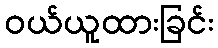
ဝယ်ယူထားခြင်း